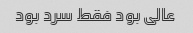
عالی بود فقط سرد بود